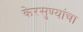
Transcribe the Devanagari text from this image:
केरसुण्यांचा